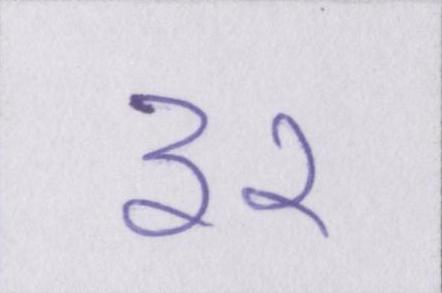
३२